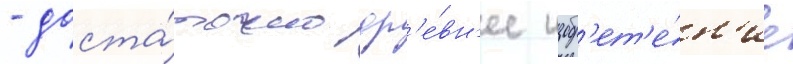
- доста́точно др'е́вн'ее изобр'ет'е́н'ие